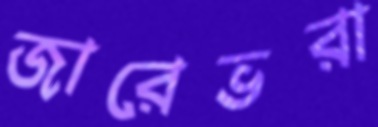
জারেভরা